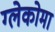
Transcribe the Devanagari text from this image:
ग्लेकोमा